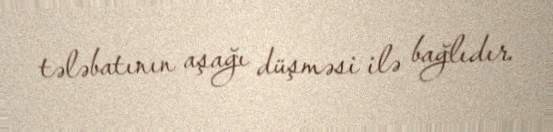
tələbatının aşağı düşməsi ilə bağlıdır.